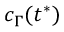
c _ { \Gamma } ( t ^ { * } )